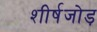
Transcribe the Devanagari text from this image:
शीर्षजोड़